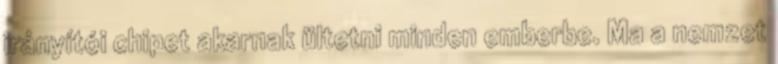
irányítói chipet akarnak ültetni minden emberbe. Ma a nemzet